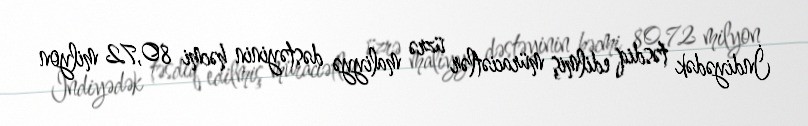
İndiyədək təsdiq edilmiş müraciətlər üzrə maliyyə dəstəyinin həcmi 80,72 milyon